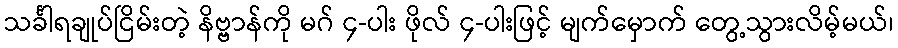
သင်္ခါရချုပ်ငြိမ်းတဲ့ နိဗ္ဗာန်ကို မဂ် ၄-ပါး ဖိုလ် ၄-ပါးဖြင့် မျက်မှောက် တွေ့သွားလိမ့်မယ်၊